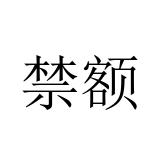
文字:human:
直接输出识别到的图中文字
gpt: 禁额